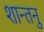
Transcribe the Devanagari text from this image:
शान्‍तनु